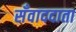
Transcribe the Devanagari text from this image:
सँवाददाता